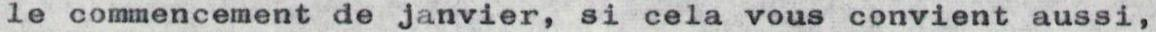
le commencement de janvier, si cela vous convient aussi,